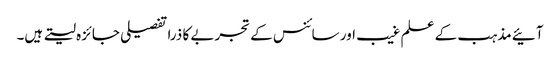
آئیے مذہب کے علم غیب اور سائنس کے تجربے کا ذرا تفصیلی جائزہ لیتے ہیں۔